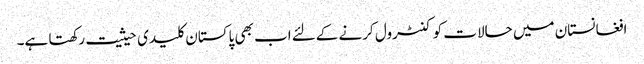
افغانستان میں حالات کو کنٹرول کرنے کےلئے اب بھی پاکستان کلیدی حیثیت رکھتا ہے۔